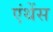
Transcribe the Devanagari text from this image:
एंथेंस